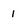
Character: 1